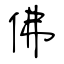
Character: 佛